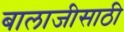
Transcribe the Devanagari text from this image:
बालाजीसाठी